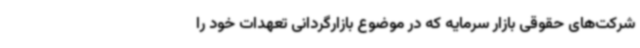
شرکت‌های حقوقی بازار سرمایه که در موضوع بازارگردانی تعهدات خود را